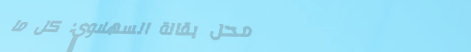
محل بقالة السهلاوي: كل ما